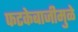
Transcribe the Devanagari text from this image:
फटकेबाजीमुळे